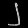
Digit: ၂